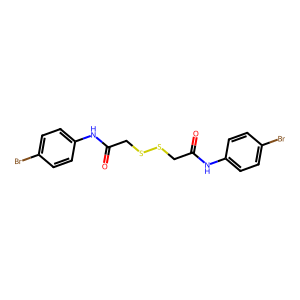
SMILES: O=C(CSSCC(=O)Nc1ccc(Br)cc1)Nc1ccc(Br)cc1
Inhibits HIV replication: No